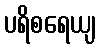
ပရိစရေယျ